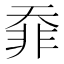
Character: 䨿